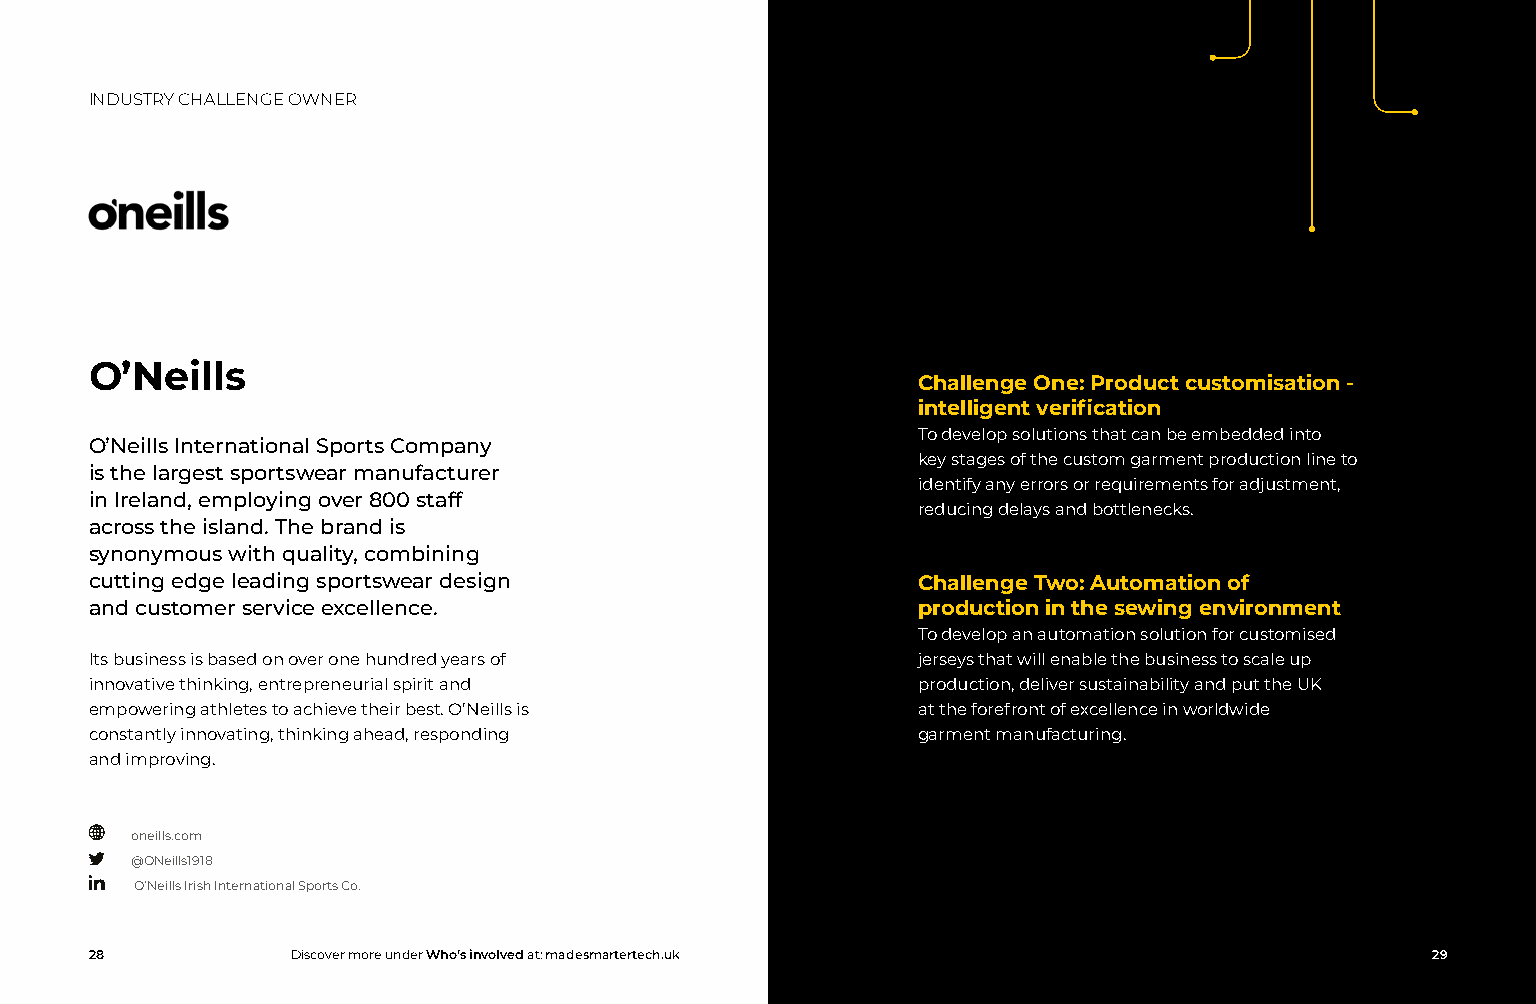
INDUSTRY CHALLENGE OWNER
 O’Neills
 Challenge One: Product customisation -
 intelligent verification
 To develop solutions that can be embedded into
 O’Neills International Sports Company
 key stages of the custom garment production line to
 is the largest sportswear manufacturer
 identify any errors or requirements for adjustment,
 in Ireland, employing over 800 staff
 reducing delays and bottlenecks.
 across the island. The brand is
 synonymous with quality, combining
 cutting edge leading sportswear design                 Challenge Two: Automation of
 and customer service excellence.                       production in the sewing environment
 To develop an automation solution for customised
 Its business is based on over one hundred years of     jerseys that will enable the business to scale up
 innovative thinking, entrepreneurial spirit and        production, deliver sustainability and put the UK
 empowering athletes to achieve their best. O’Neills is at the forefront of excellence in worldwide
 constantly innovating, thinking ahead, responding      garment manufacturing.
 and improving.
 oneills.com
 @ONeills1918
 O’Neills Irish International Sports Co.
 28           Discover more under Who’s involved at: madesmartertech.uk                   29